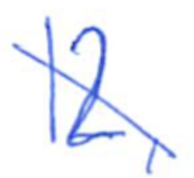
Text: 12,
Cross-out: diagonal
Writing tool: ballpoint